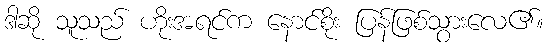
ဒါဆို သူသည် ဟိုးအရင်က နောင်စိုး ပြန်ဖြစ်သွားလေ၏။